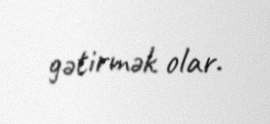
gətirmək olar.